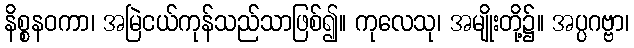
နိစ္စနဝကာ၊ အမြဲငယ်ကုန်သည်သာဖြစ်၍။ ကုလေသု၊ အမျိုးတို့၌။ အပ္ပဂဗ္ဗာ၊